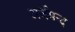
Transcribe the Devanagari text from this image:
अर्जमन्द